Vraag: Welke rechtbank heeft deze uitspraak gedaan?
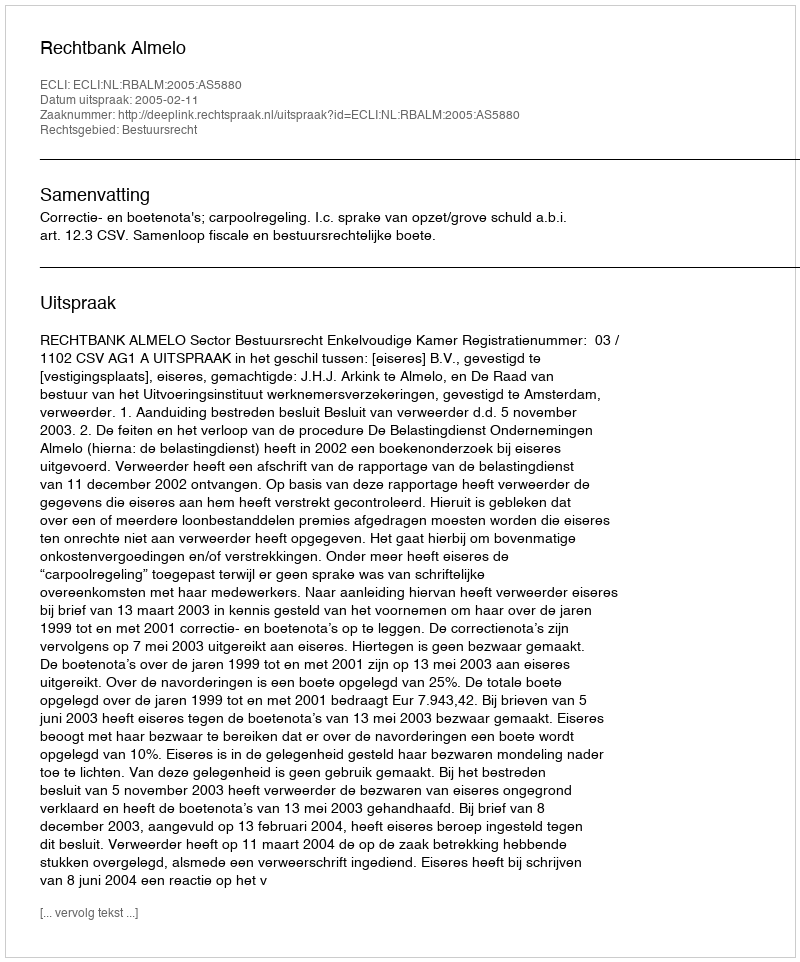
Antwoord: Rechtbank Almelo